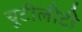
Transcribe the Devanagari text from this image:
यूटीलीटी